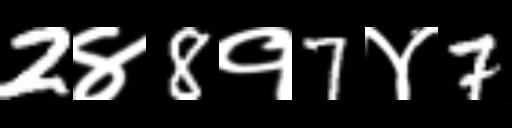
Text: 2४8१7४7